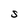
Character: S